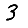
Digit: 3